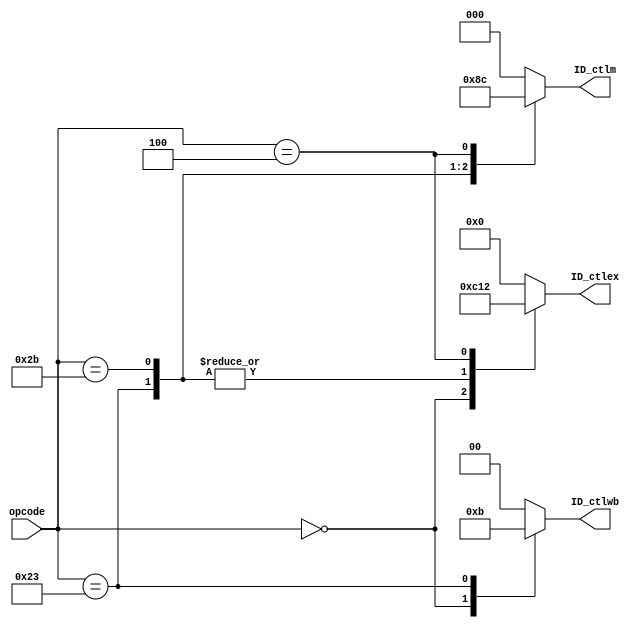
`ifndef _control_v_
`define _control_v_
`endif

module control(opcode, ID_ctlwb, ID_ctlm, ID_ctlex);
  input wire [5:0] opcode;
  output reg [1:0] ID_ctlwb;
  output reg [2:0] ID_ctlm;
  output reg [3:0] ID_ctlex;

always @(opcode) begin

  case(opcode)
    6'h00:  begin // R-Type instruction
              ID_ctlex = 4'b1100;
              ID_ctlm  = 3'b000;
              ID_ctlwb = 2'b10;
            end
    6'h23:  begin // LW instruction
              ID_ctlex = 4'b0001;
              ID_ctlm  = 3'b010;
              ID_ctlwb = 2'b11;
            end
    6'h2b:  begin // SW instruction
              ID_ctlex = 4'b0001;
              ID_ctlm  = 3'b001;
              ID_ctlwb = 2'b00;
            end
    6'h04:  begin // BEQ instruction
              ID_ctlex = 4'b0010;
              ID_ctlm  = 3'b100;
              ID_ctlwb = 2'b00;
            end
    default:  begin
                ID_ctlex = 4'b0000;
                ID_ctlm  = 3'b000;
                ID_ctlwb = 2'b00;
              end
  endcase

end


endmodule